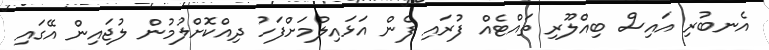
އެނބުރި އައިސް ބިއްލޫރި ތައްޓެއް ފުރައި ފެން އަޅައިލުމަށްފަހު ދިއްކޮށްލުމުން ލުޖައިން އޭގައި